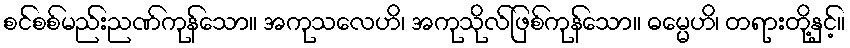
စင်စစ်မည်းညဏ်ကုန်သော။ အကုသလေဟိ၊ အကုသိုလ်ဖြစ်ကုန်သော။ ဓမ္မေဟိ၊ တရားတို့နှင့်။